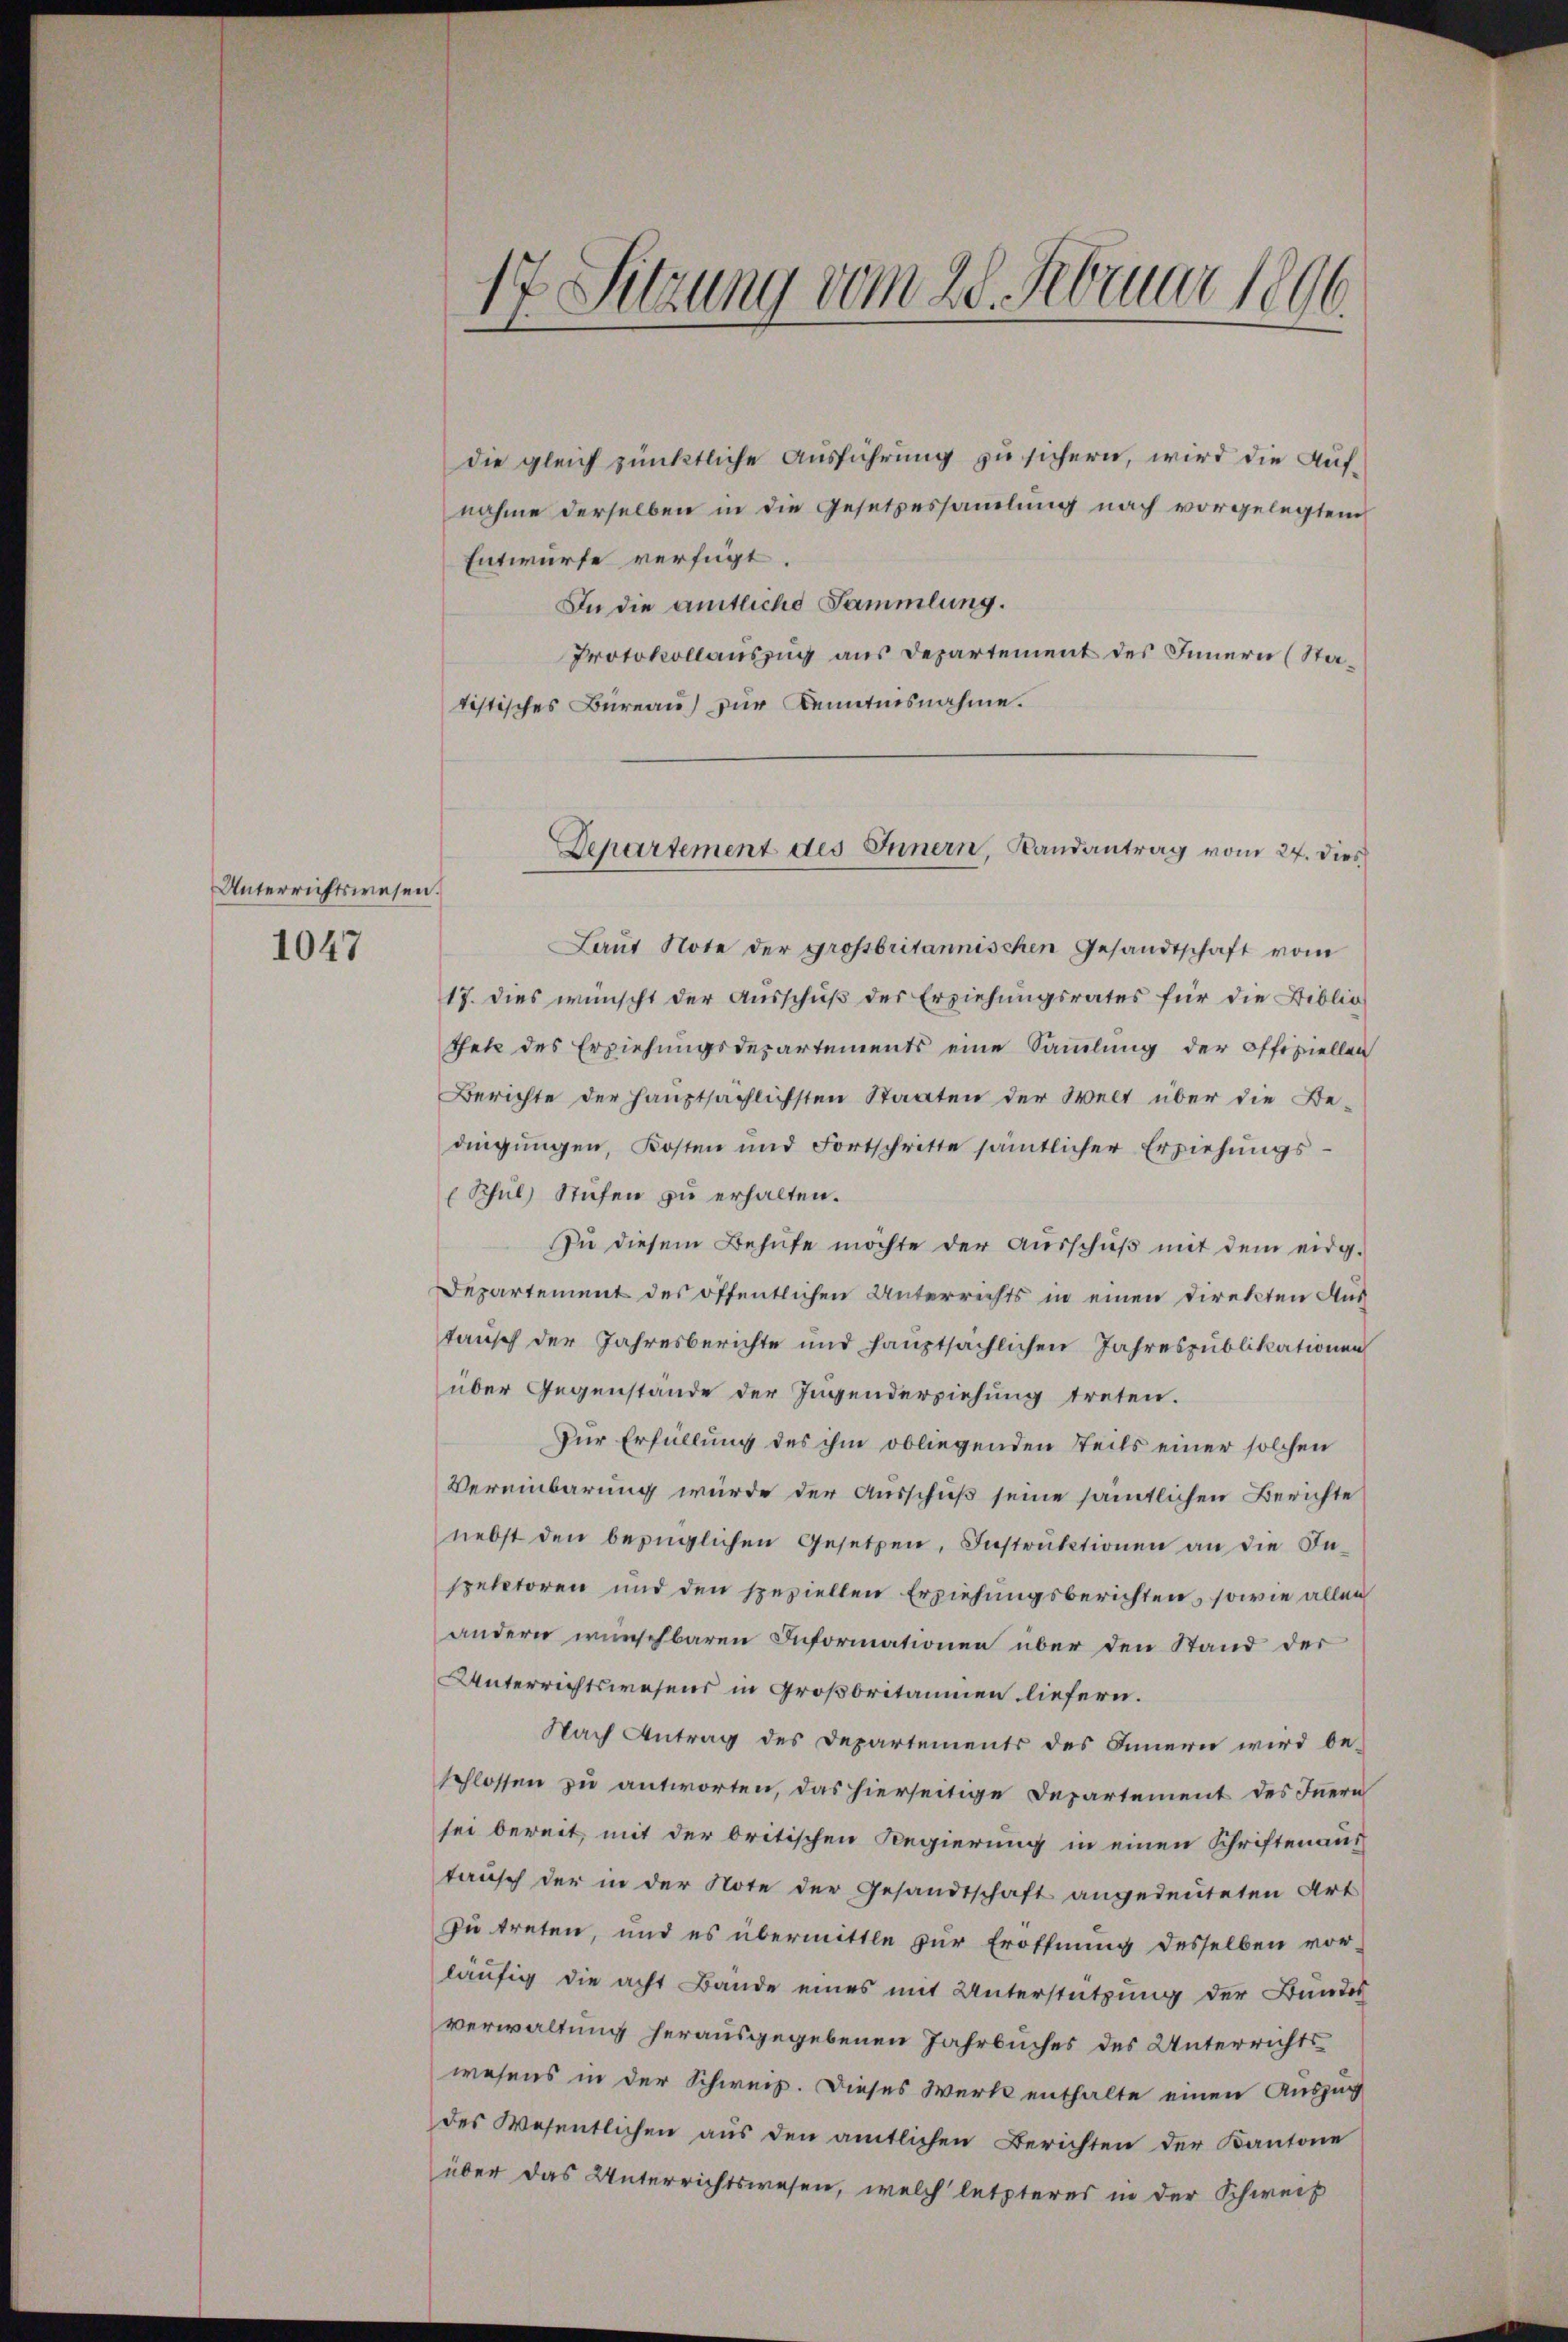
Unterrichtswesen.

1047

17 Sitzung vom 28. Februar 1890.

die gleich pünktliche Ausführung zu sichern, wird die Aufnahme derselben in die Gesetzessamlung nach vorgelegtem
Entwurfe verfügt.
In die amtliche Sammlung.
Protokollauszug aus Departement des Innern (Statistisches Büreau zur Kenntnisnahme.
Laŭt Note der grossbritannischen Gesandtschaft vom
17. dies wünscht der Ausschŭβ des Erziehungsrates für die Biblio-
thete des Erziehungsdepartements eine Sammlung der offiziellen
Berichte der Hauptsächlichsten Staaten der Welt über die Be-
dingungen, Kosten und Fortschritte sämtlicher Erziehŭngs-
Schul) Stufen zu erhalten.
Zu diesem Behufe möchte der Ausschuß mit dem eidg.
Departement des öffentlichen Unterrichts in einen Direkten Aus
tausch der Jahresberichte und hauptsächlichen Jahrespublikationen
über Gegenstände der Jugenderziehung treten.
Dur Erfüllung des ihm obliegenden Steils einer solchen
Vereinbarung würde der Ausschuß seine sämmtlichen Berichte
nebst den bezüglichen Gesetzen, Instruktionen an die Inspektoren und den speziellen Erziehungsberichten, sowie allen
andern wünschbaren Informationen über den Stand der
Unterrichtswesens in Großbritainen liefern.
Nach Antrag des Departements des Innern wird beschlossen zu antworten, das hierseitige Departement des Innern
sei bereit, mit der britischen Regierung in einen Schriftenaus
tausch der in der Note der Gesandtschaft angedeuteten Art
Du treten, und es übermittle zur Eröffnung desselben vor-
läufig die acht Bande eines mit Unterstützung der Bundes
verwaltung herausgegebenen Jahrbuches des Unterrichts
wesens in der Schweiz. Dieses Werk enthalte einen Auszug
des Wesentlichen aus den amtlichen Berichten der Kantone
über das Unterrichtswesen, welch letzteres in der Schweiz

Departement des Innern, Landantrag vom 27. Dies